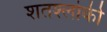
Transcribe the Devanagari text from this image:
शतश्लोकी